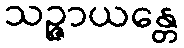
သဉ္ဇာယန္တေ